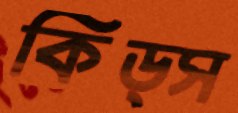
কিড্স